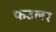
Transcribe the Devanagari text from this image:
फउलर